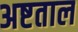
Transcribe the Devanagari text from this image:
अष्टताल